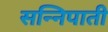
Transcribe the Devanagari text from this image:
सन्निपाती